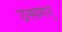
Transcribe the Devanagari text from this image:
उत्सगर्